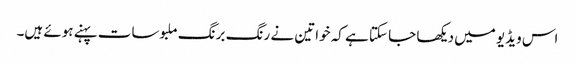
اس ویڈیو میں دیکھا جا سکتا ہے کہ خواتین نے رنگ برنگ ملبوسات پہنے ہوئے ہیں۔